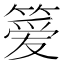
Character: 𫂖